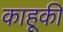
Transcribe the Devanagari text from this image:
काहूकी